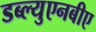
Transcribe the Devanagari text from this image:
डब्ल्युएनबीए